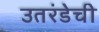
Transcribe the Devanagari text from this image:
उतरंडेची